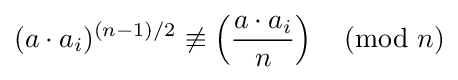
(a\cdot a_{i})^{(n-1)/2}\not \equiv \left({\frac {a\cdot a_{i}}{n}}\right){\pmod {n}}